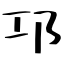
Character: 邛